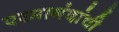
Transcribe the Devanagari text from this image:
परमानंदांची